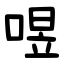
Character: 喅